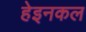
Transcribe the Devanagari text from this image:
हेइनकल